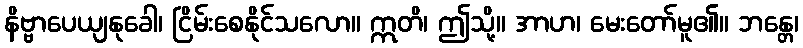
နိဗ္ဗာပေယျနုခေါ၊ ငြိမ်းစေနိုင်သလော။ ဣတိ၊ ဤသို့။ အာဟ၊ မေးတော်မူ၏။ ဘန္တေ၊